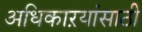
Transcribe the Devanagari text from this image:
अधिकाऱयांसाठी